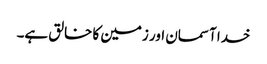
خدا آسمان اور زمین کا خالق ہے۔